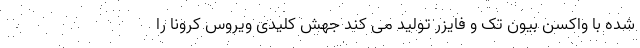
شده با واکسن بیون تک و فایزر تولید می کند جهش کلیدی ویروس کرونا را